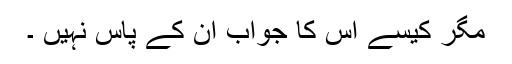
مگر کیسے اس کا جواب ان کے پاس نہیں ۔